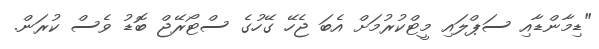
"ޑިމާންޑާއި ސަޕްލައި މީޓްކުރުމަށް އެބަ ޖެހޭ ގޭހުގެ ސްޓޯރޭޖް ބޮޑު ވެސް ކުރަން.